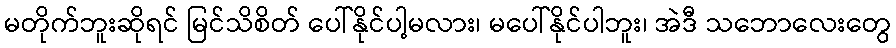
မတိုက်ဘူးဆိုရင် မြင်သိစိတ် ပေါ်နိုင်ပါ့မလား၊ မပေါ်နိုင်ပါဘူး၊ အဲဒီ သဘောလေးတွေ